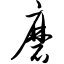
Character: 磨